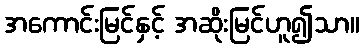
အကောင်းမြင်နှင့် အဆိုးမြင်ဟူ၍သာ။